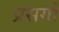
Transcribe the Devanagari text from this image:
प्रसगों